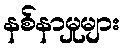
နစ်နာမှုများ